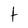
Character: t